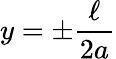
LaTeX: y=\pm\frac{\ell}{2a}